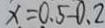
x = 0 . 5 - 0 . 2